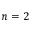
n = 2